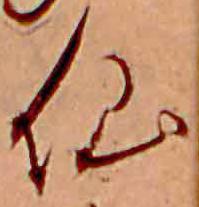
仙